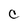
Character: C